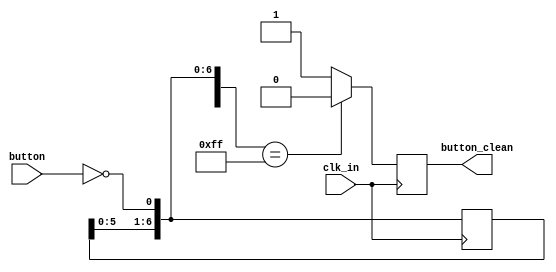
`timescale 1ns / 1ps
//////////////////////////////
//
//////////////////////////////
module quad_debounce(button_clean, button, clk_in);
	input button, clk_in;
	output reg button_clean;
	reg [7:0]sbuf;
	
	initial begin
		sbuf = 0;
		button_clean = 0;
	end
	
	always @(posedge clk_in) begin				//5KHz clock		
		sbuf = {sbuf[6:0], ~button};				
		if (sbuf == 8'b11111111)
			button_clean = 0;
		else
			button_clean = 1;
	end
		
endmodule